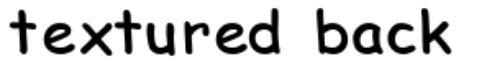
textured back